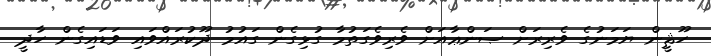
ހޫޘީން ޔަމަނުގެ ވެރިރަށް ޞަންޢާއަށް ވެރިވެގަތުމާ ގުޅިގެން ގައުމު ދޫކުރައްވައި ވަޑައިގެން ހާދީ